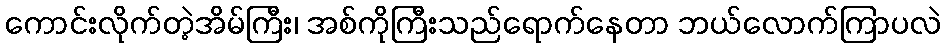
ကောင်းလိုက်တဲ့အိမ်ကြီး၊ အစ်ကိုကြီးသည်ရောက်နေတာ ဘယ်လောက်ကြာပလဲ